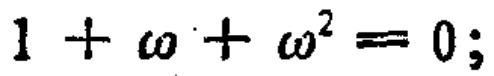
\(1 + \omega + \omega^{2} = 0;\)